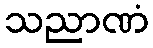
သညာဏံ